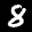
Label: 8